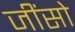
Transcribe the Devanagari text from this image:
जींसो